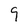
Character: 9